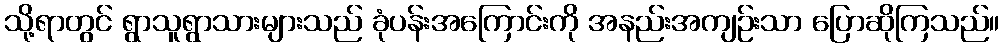
သို့ရာတွင် ရွာသူရွာသားများသည် ခုံပန်းအကြောင်းကို အနည်းအကျဉ်းသာ ပြောဆိုကြသည်။